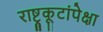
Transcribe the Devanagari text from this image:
राष्ट्रकूटांपेक्षा